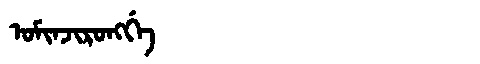
Manchu: ᠣᠮᡳᠨᠵᡳᡵᠣᠩᡤᡝ
Romanization: OMINJIRONGGE